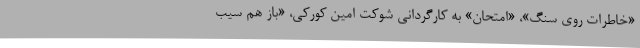
«خاطرات روی سنگ»، «امتحان» به كارگردانی شوكت امين كوركی، «باز هم سيب